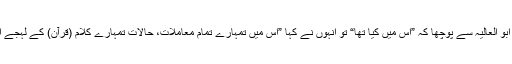
راوی خالد بن دينار تميمی کہتے ہیں کہ میں نے ابو العالیہ سے پوچھا کہ ”اس میں کیا تھا“ تو انہوں نے کہا ”اس میں تمہارے تمام معاملات، حالات تمہارے کلام (قرآن) کے لہجے اور آئندہ پیش آنے والے حالات اور واقعات تھے۔